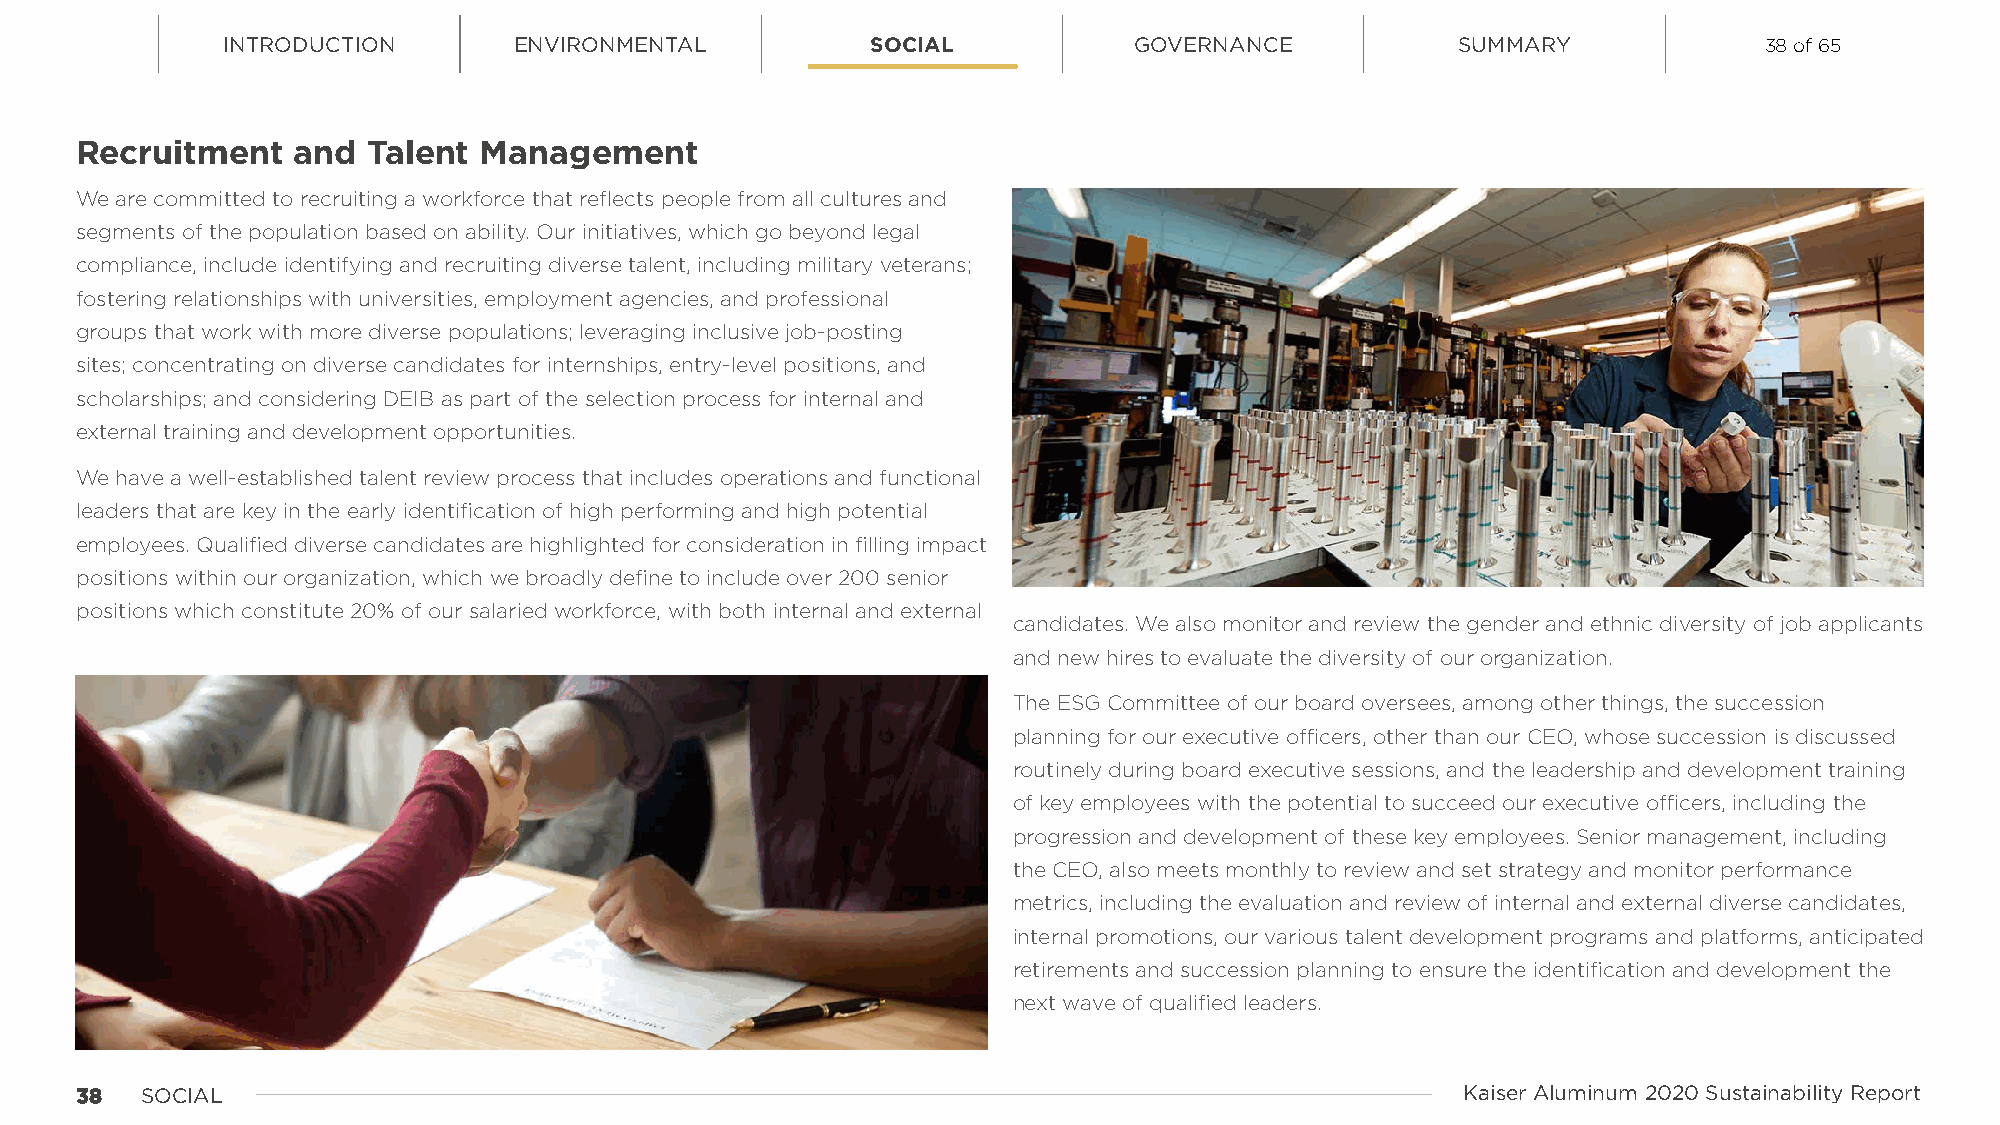
INTRODUCTION       ENVIRONMENTAL           SOCIAL           GOVERNANCE            SUMMARY             38 of 65
 Recruitment   and  Talent  Management
 We are committed to recruiting a workforce that reflects people from all cultures and
 segments of the population based on ability. Our initiatives, which go beyond legal
 compliance, include identifying and recruiting diverse talent, including military veterans;
 fostering relationships with universities, employment agencies, and professional
 groups that work with more diverse populations; leveraging inclusive job-posting
 sites; concentrating on diverse candidates for internships, entry-level positions, and
 scholarships; and considering DEIB as part of the selection process for internal and
 external training and development opportunities.
 We have a well-established talent review process that includes operations and functional
 leaders that are key in the early identification of high performing and high potential
 employees. Qualified diverse candidates are highlighted for consideration in filling impact
 positions within our organization, which we broadly define to include over 200 senior
 positions which constitute 20% of our salaried workforce, with both internal and external
 candidates. We also monitor and review the gender and ethnic diversity of job applicants
 and new hires to evaluate the diversity of our organization.
 The ESG Committee of our board oversees, among other things, the succession
 planning for our executive officers, other than our CEO, whose succession is discussed
 routinely during board executive sessions, and the leadership and development training
 of key employees with the potential to succeed our executive officers, including the
 progression and development of these key employees. Senior management, including
 the CEO, also meets monthly to review and set strategy and monitor performance
 metrics, including the evaluation and review of internal and external diverse candidates,
 internal promotions, our various talent development programs and platforms, anticipated
 retirements and succession planning to ensure the identification and development the
 next wave of qualified leaders.
 3388 SOCIAL                                                                                 Kaiser Aluminum 2020 Sustainability Report